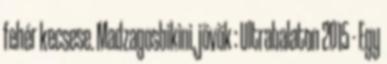
fehér kecsese. Madzagosbikini, jövök : Ultrabalaton 2015 - Egy